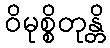
ဝိမုစ္စိတုန္တိ